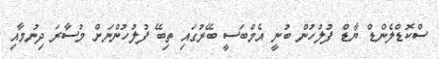
ސްކޮޑްލެންޑް ޔާޑް ފުލުހުން ބުނީ އެމްބަސީ ބޭރުގައި ތިބޭ ފުލުހުންނަށް މުސާރަ ދިނުމާއި